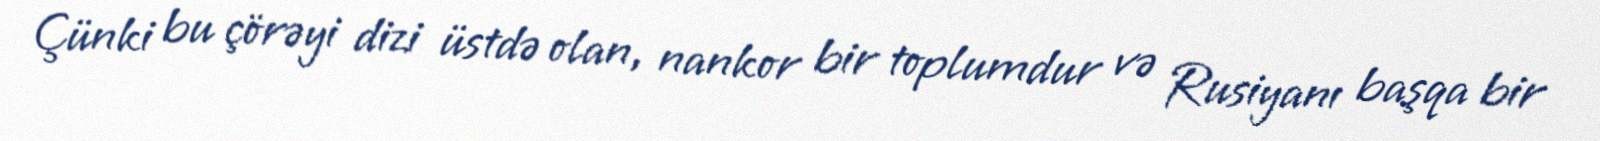
Çünki bu çörəyi dizi üstdə olan, nankor bir toplumdur və Rusiyanı başqa bir